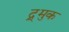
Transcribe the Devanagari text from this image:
द्र्मुक